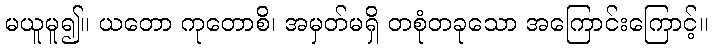
မယူမူ၍။ ယတော ကုတောစိ၊ အမှတ်မရှိ တစုံတခုသော အကြောင်းကြောင့်။